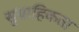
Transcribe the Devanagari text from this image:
सुग्राहिकता